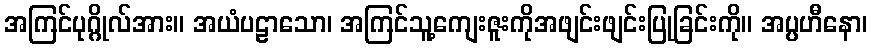
အကြင်ပုဂ္ဂိုလ်အား။ အယံပဠာသော၊ အကြင်သူ့ကျေးဇူးကိုအဖျင်းဖျင်းပြုခြင်းကို။ အပ္ပဟီနော၊